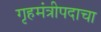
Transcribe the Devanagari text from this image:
गृहमंत्रीपदाचा